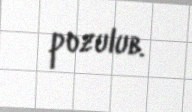
pozulub.